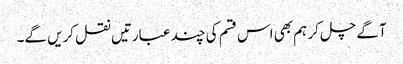
آگے چل کر ہم بھی اس قسم کی چند عبارتیں نقل کریں گے۔